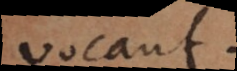
vocant.